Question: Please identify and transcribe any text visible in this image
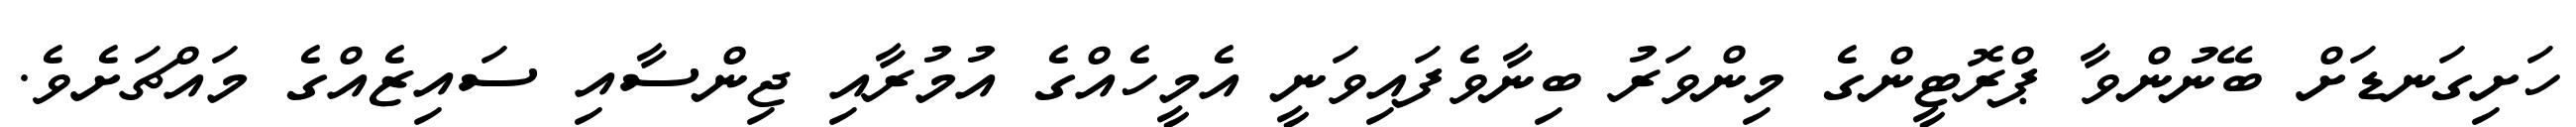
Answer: ހަށިގަނޑަށް ބޭނުންވާ ޕްރޮޓީންގެ މިންވަރު ބިނާވެފައިވަނީ އެމީހެއްގެ އުމުރާއި ޖިންސާއި ސައިޒެއްގެ މައްޗަށެވެ.